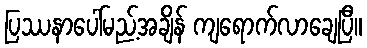
ပြဿနာပေါ်မည့်အချိန် ကျရောက်လာချေပြီ။